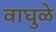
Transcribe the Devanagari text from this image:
वाघुळे